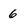
Character: 6